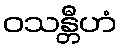
ဝသန္တီဟံ